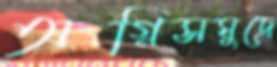
অগ্নিসমুদ্রে